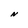
Character: N